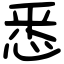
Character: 悉